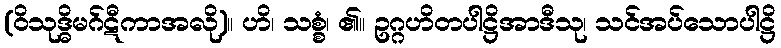
(ဝိသုဒ္ဓိမဂ်ဋီကာအလို)။ ဟိ၊ သစ္စံ၊ ၏။ ဥဂ္ဂဟိတပါဋ္ဌိအာဒီသု၊ သင်အပ်သောပါဋ္ဌိ